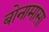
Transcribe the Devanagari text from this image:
बोनामासा